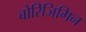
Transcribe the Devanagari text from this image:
बोरिजिगिन